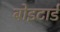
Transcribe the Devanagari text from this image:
बोइटार्ड